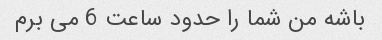
باشه من شما را حدود ساعت 6 می برم